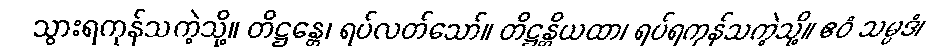
သွားရကုန်သကဲ့သို့။ တိဋ္ဌန္တေ၊ ရပ်လတ်သော်။ တိဋ္ဌန္တိယထာ၊ ရပ်ရကုန်သကဲ့သို့။ ဧဝံ သမ္ပဒံ၊